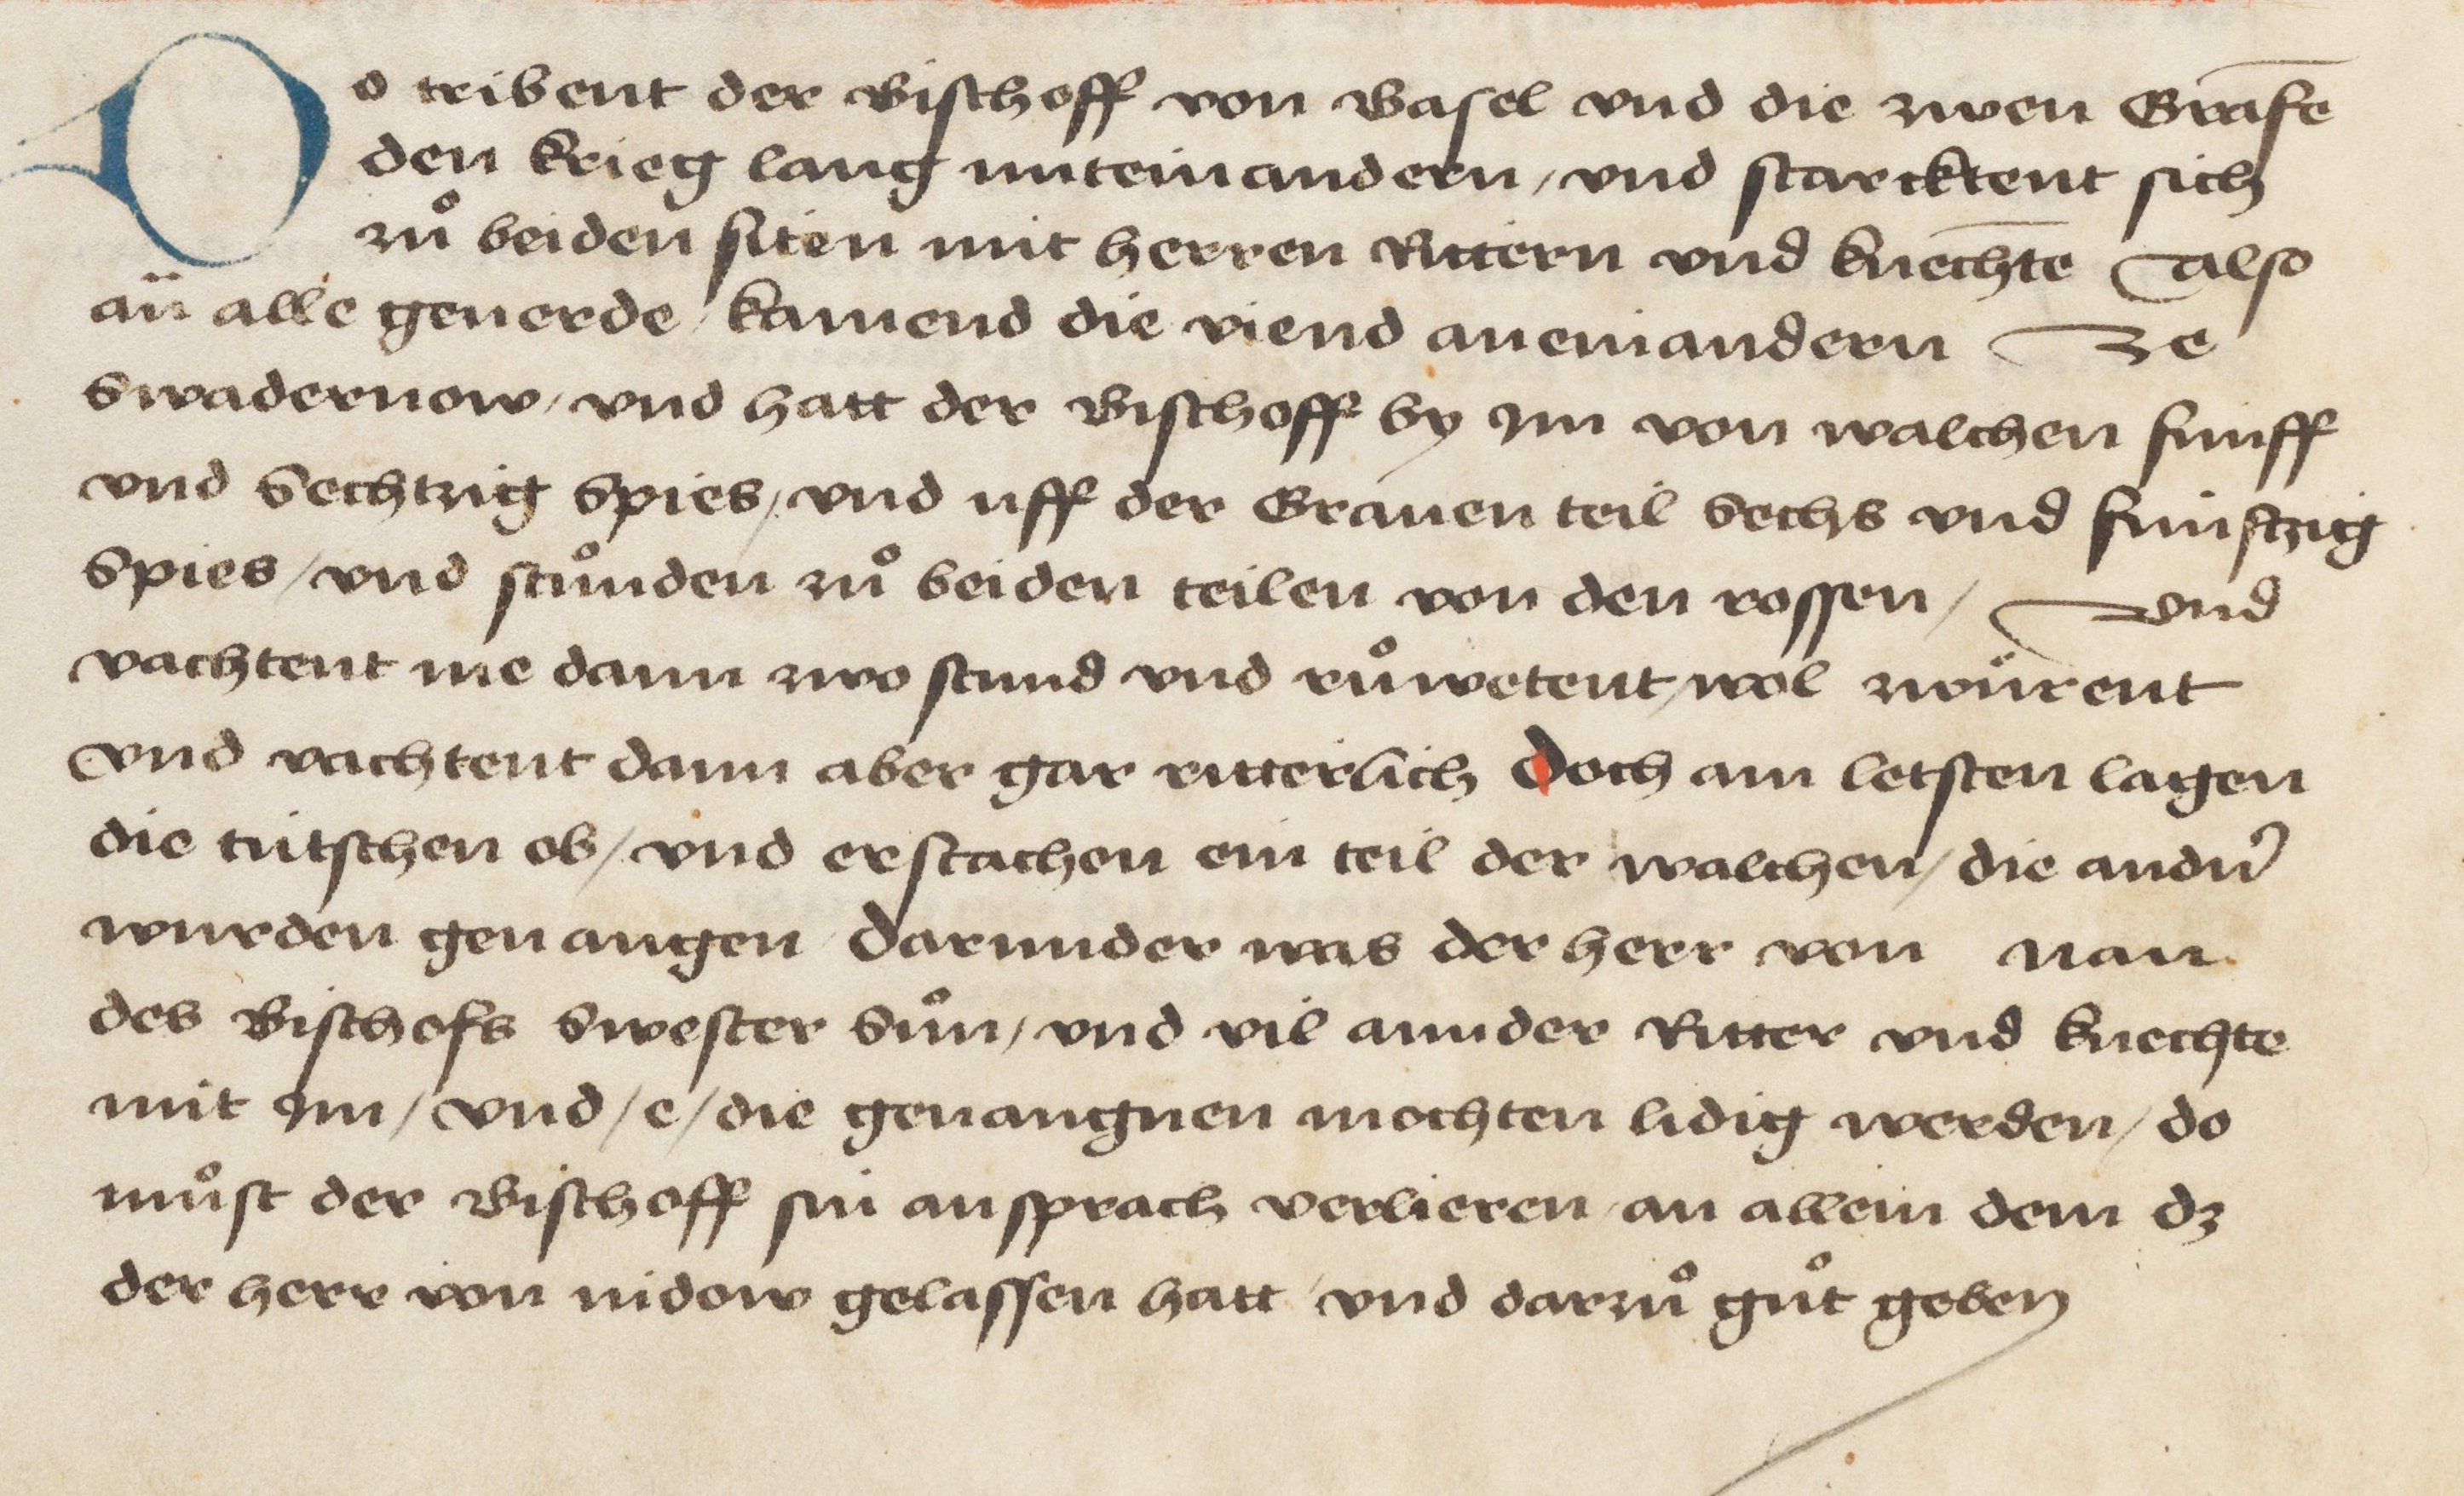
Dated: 1478–1483